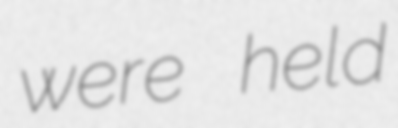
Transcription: were held